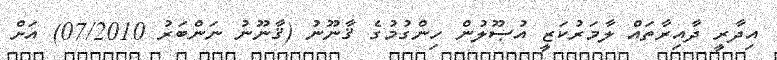
އިދާރީ ދާއިރާތައް ލާމަރުކަޒީ އުޞޫލުން ހިންގުމުގެ ޤާނޫނު (ޤާނޫނު ނަންބަރު 07/2010) އަށް